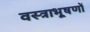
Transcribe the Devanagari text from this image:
वस्‍त्राभूषणों